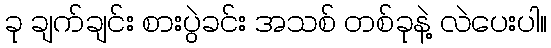
ခု ချက်ချင်း စားပွဲခင်း အသစ် တစ်ခုနဲ့ လဲပေးပါ။